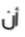
أن